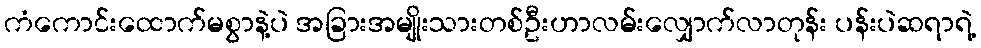
ကံကောင်းထောက်မစွာနဲ့ပဲ အခြားအမျိုးသားတစ်ဦးဟာလမ်းလျှောက်လာတုန်း ပန်းပဲဆရာရဲ့